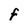
Character: F